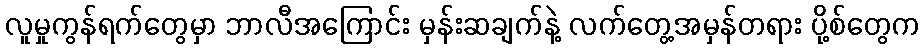
လူမှုကွန်ရက်တွေမှာ ဘာလီအကြောင်း မှန်းဆချက်နဲ့ လက်တွေ့အမှန်တရား ပို့စ်တွေက